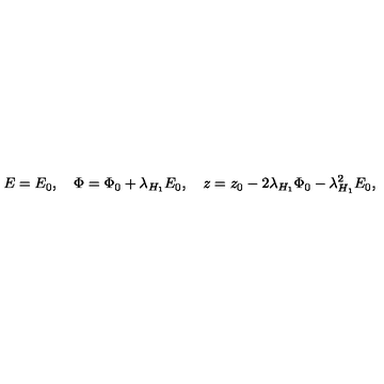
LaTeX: E = E _ { 0 } , \quad \Phi = \Phi _ { 0 } + \lambda _ { H _ { 1 } } E _ { 0 } , \quad z = z _ { 0 } - 2 \lambda _ { H _ { 1 } } \Phi _ { 0 } - \lambda _ { H _ { 1 } } ^ { 2 } E _ { 0 } ,